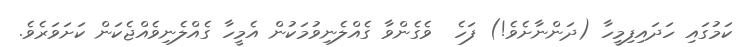
ކަމުގައި ހަދައިފިމީހާ (ދަންނާށެވެ!) ފަހެ  ވެގެންވާ ގެއްލެނިވުމަކުން އެމީހާ ގެއްލެނިވެއްޖެކަން ކަށަވަރެވެ.